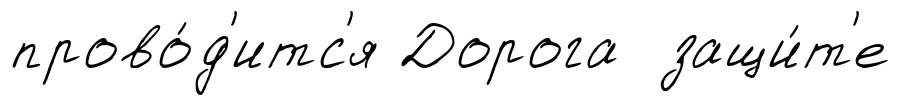
прово́д'итс'я Дорога защи́т'е